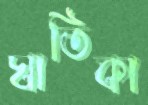
ঘাতিকা